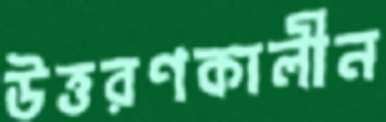
উত্তরণকালীন